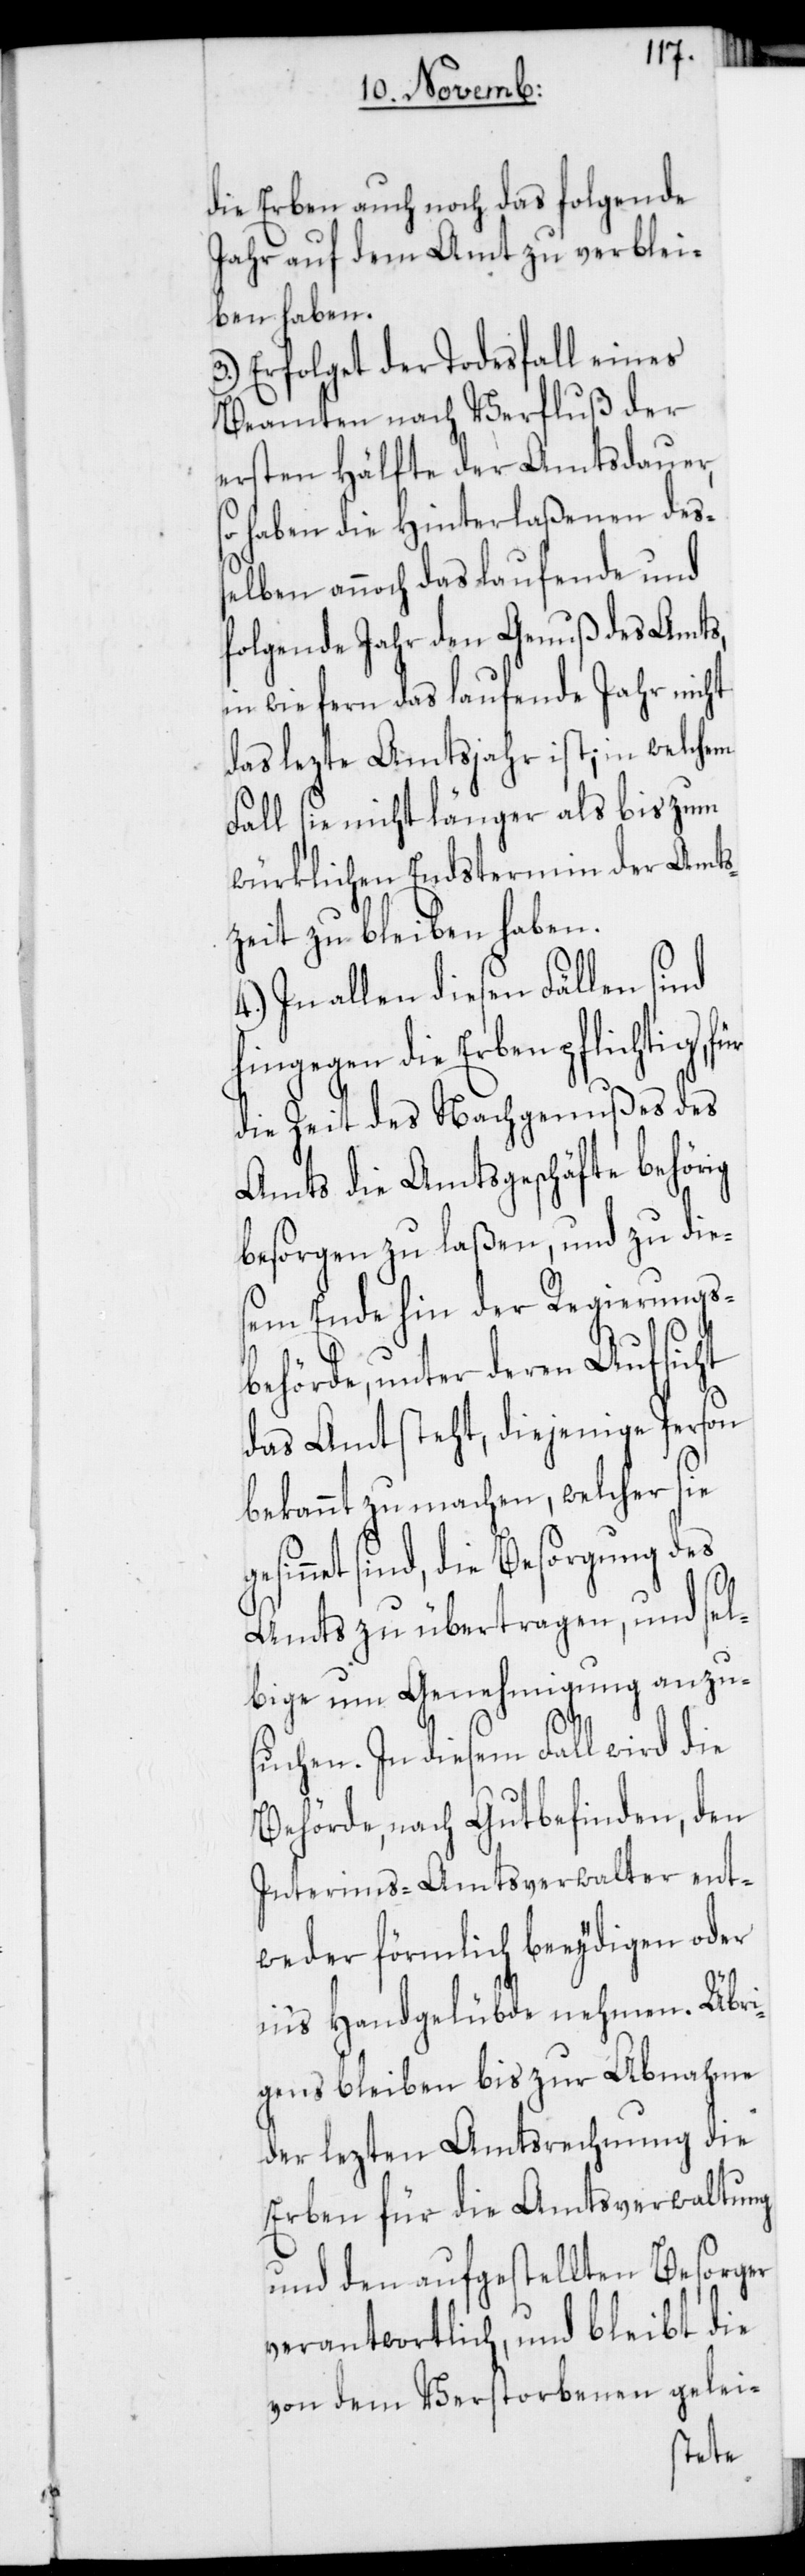
die Erben auch noch das folgende
Jahr auf dem Amt zu verblei¬
ben haben.
3.) Erfolget der Todesfall eines
Beamten nach Verfluß der
ersten Hälfte der Amtsdauer,
so haben die Hinterlaßenen deß¬
elben annoch das laufende und
folgende Jahr den Genuß des Amts,
in wie fern das laufende Jahr nicht
das lezte Amtsjahr ist; in welchem
Fall sie nicht länger als bis zum
würklichen Endstermin der Amts¬
zeit zu bleiben haben.
4.) In allen diesen Fällen sind
hingegen die Erben pflichtig,
die Zeit des Nachgenußes des
Amts die Amtsgeschäfte behörig
besorgen zu laßen, und zu die¬
sem Ende hin der Regierungs¬
behörde, unter deren Aufsicht
das Amt steht, diejenige Person
bekannt zu machen, welcher sie
net sind, die Besorgung des
Amts zu übertragen, und sel¬
bige um Genehmigung anzu¬
suchen. In diesem Fall wird die
Behörde, nach Gutbefinden, den
Interims-Amtsverwalter ent¬
weder förmlich beeydigen oder
in's Handgelübde nehmen. Übri¬
gens bleiben bis zur Abnahme
der lezten Amtsrechnung die
Erben für die Amtsverwaltung
und den aufgestellten Besorger
verantwortlich, und bleibt die
von dem Verstorbenen gelei-
gesin¬